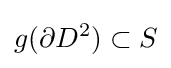
g(\partial D^{2})\subset S